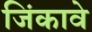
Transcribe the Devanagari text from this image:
जिंकावे